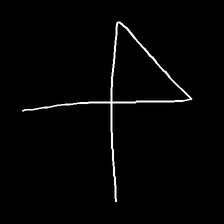
Glyph: collection